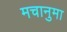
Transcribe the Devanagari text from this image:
मचानुमा